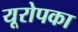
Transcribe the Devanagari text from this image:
यूरोपका